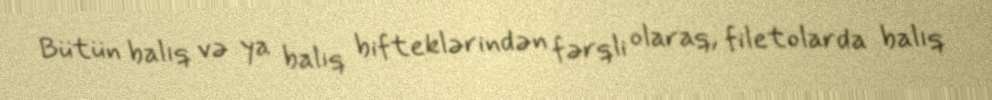
Bütün balıq və ya balıq bifteklərindən fərqli olaraq, filetolarda balıq